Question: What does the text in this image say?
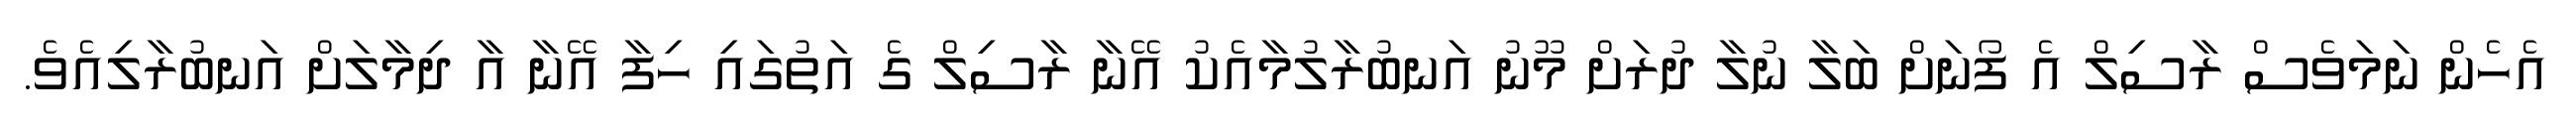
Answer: އެހެން ނަމަވެސް ރާސިލް އެ ފޯނަށް ބަލާ ނުލާ ދުރަށް މޫނު އަނބުރާލުމާއެކު އޭނާ ރާސިލް ގެ އަތުގައި ހިފާ އޭނާ އާ ދިމާލަށް އަނބުރާލިއެވެ.